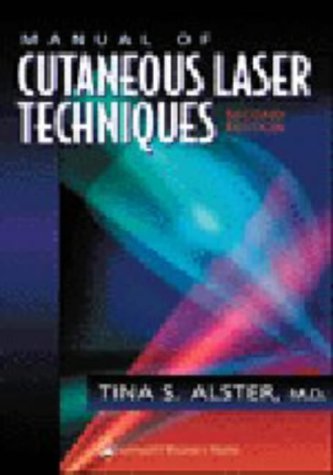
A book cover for Manual of Cutaneous Laser Techniques (Spiral Manual); Tina S. Alster MD; Medical Books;